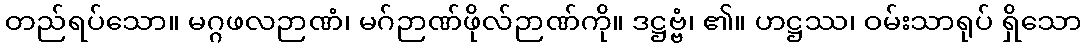
တည်ရပ်သော။ မဂ္ဂဖလဉာဏံ၊ မဂ်ဉာဏ်ဖိုလ်ဉာဏ်ကို။ ဒဋ္ဌဗ္ဗံ၊ ၏။ ဟဋ္ဌဿ၊ ဝမ်းသာရုပ် ရှိသော